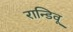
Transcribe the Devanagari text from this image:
रान्डिवू